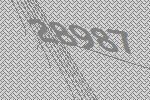
28987